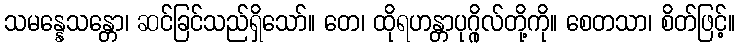
သမန္နေသန္တော၊ ဆင်ခြင်သည်ရှိသော်။ တေ၊ ထိုရဟန္တာပုဂ္ဂိုလ်တို့ကို။ စေတသာ၊ စိတ်ဖြင့်။